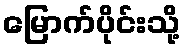
မြောက်ပိုင်းသို့